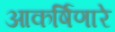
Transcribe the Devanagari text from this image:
आकर्षिणारे